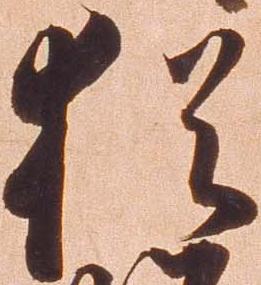
猶